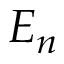
E _ { n }